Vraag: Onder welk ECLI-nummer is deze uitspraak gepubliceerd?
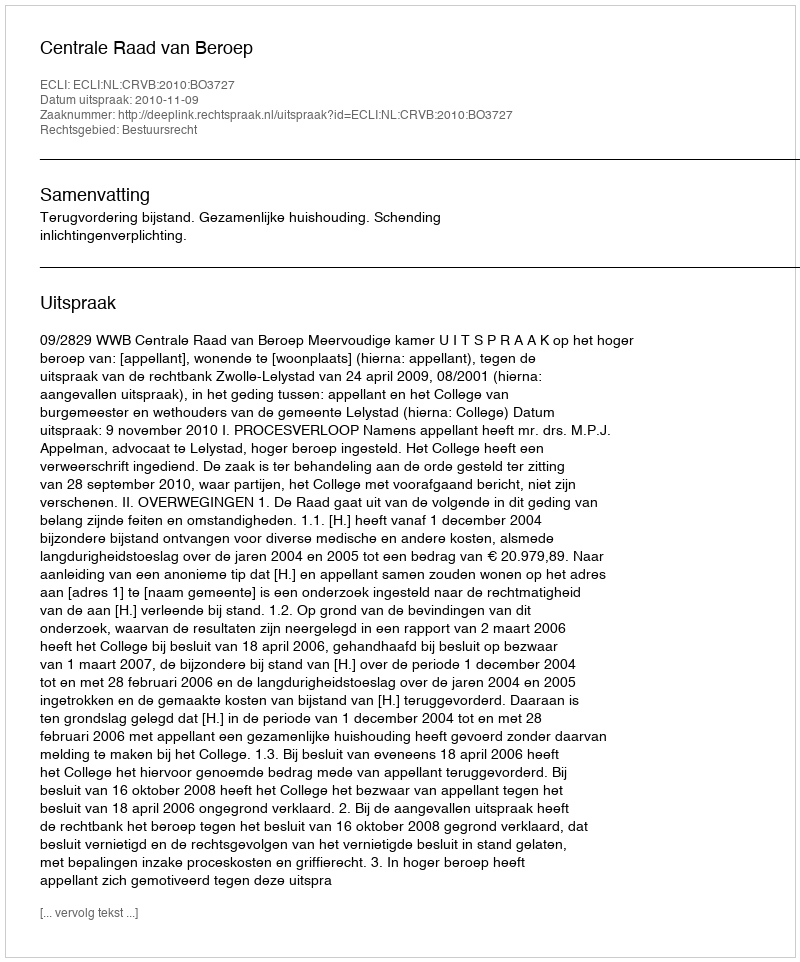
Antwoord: ECLI:NL:CRVB:2010:BO3727